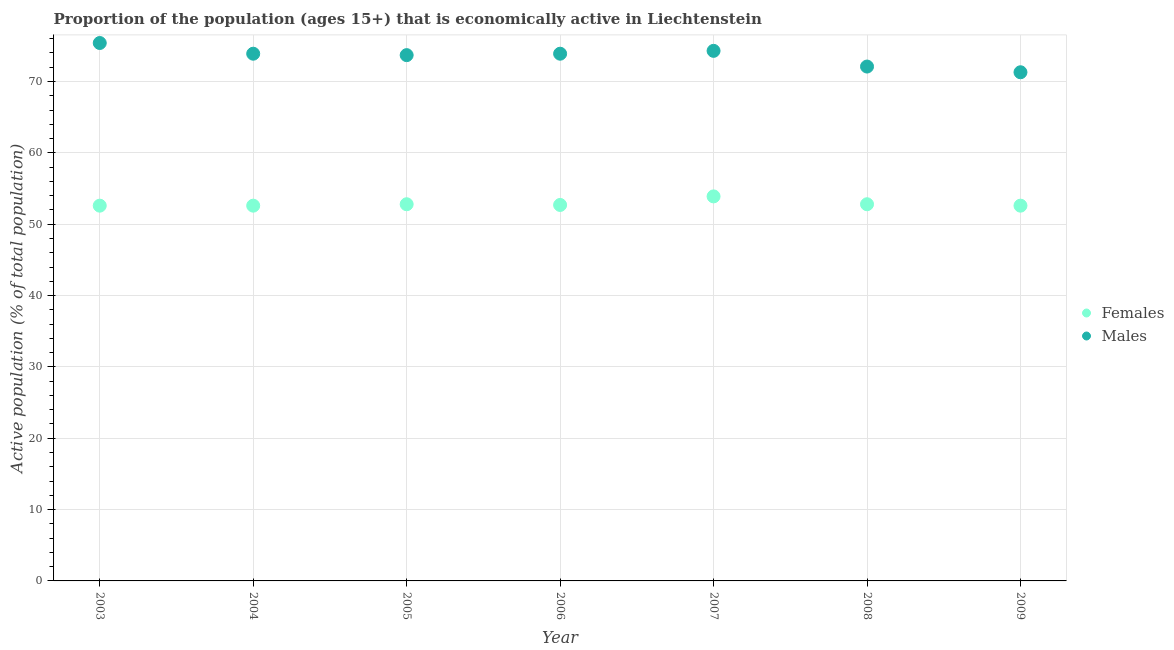
| Year | Females | Males |
 | --- | --- | --- |
 | 2003 | 52.6 | 75.4 |
 | 2004 | 52.6 | 73.9 |
 | 2005 | 52.8 | 73.7 |
 | 2006 | 52.7 | 73.9 |
 | 2007 | 53.9 | 74.3 |
 | 2008 | 52.8 | 72.1 |
 | 2009 | 52.6 | 71.3 |